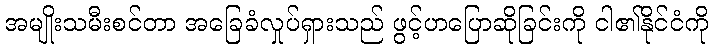
အမျိုးသမီးစင်တာ အခြေခံလှုပ်ရှားသည် ဖွင့်ဟပြောဆိုခြင်းကို ငါ၏နိုင်ငံကို